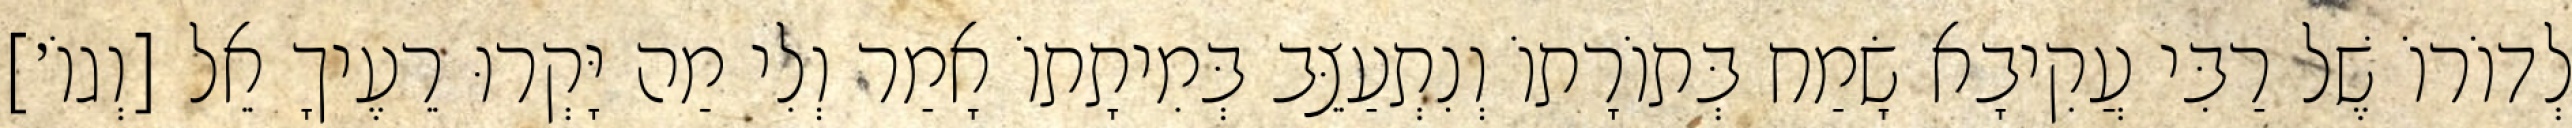
לְדוֹרוֹ שֶׁל רַבִּי עֲקִיבָא שָׂמַח בְּתוֹרָתוֹ וְנִתְעַצֵּב בְּמִיתָתוֹ אָמַר וְלִי מַה יָּקְרוּ רֵעֶיךָ אֵל [וְגוֹ׳]